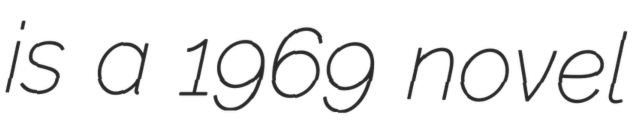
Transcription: is a 1969 novel